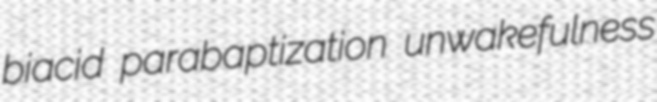
biacid parabaptization unwakefulness